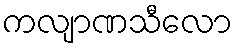
ကလျာဏသီလော